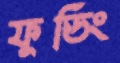
ফুডিং